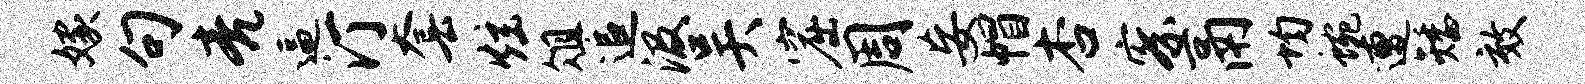
嫁句亮逼汀套炫俎追汲吴窟周妄帽杏察鬲均蜿遭矮效